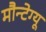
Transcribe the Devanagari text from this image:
मौन्टेग्यू